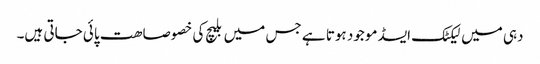
دہی میں لیکٹک ایسڈ موجود ہوتا ہے جس میں بلیچ کی خصوصاھت پائی جاتی ہیں۔